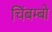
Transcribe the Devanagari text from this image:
चिंबम्बो